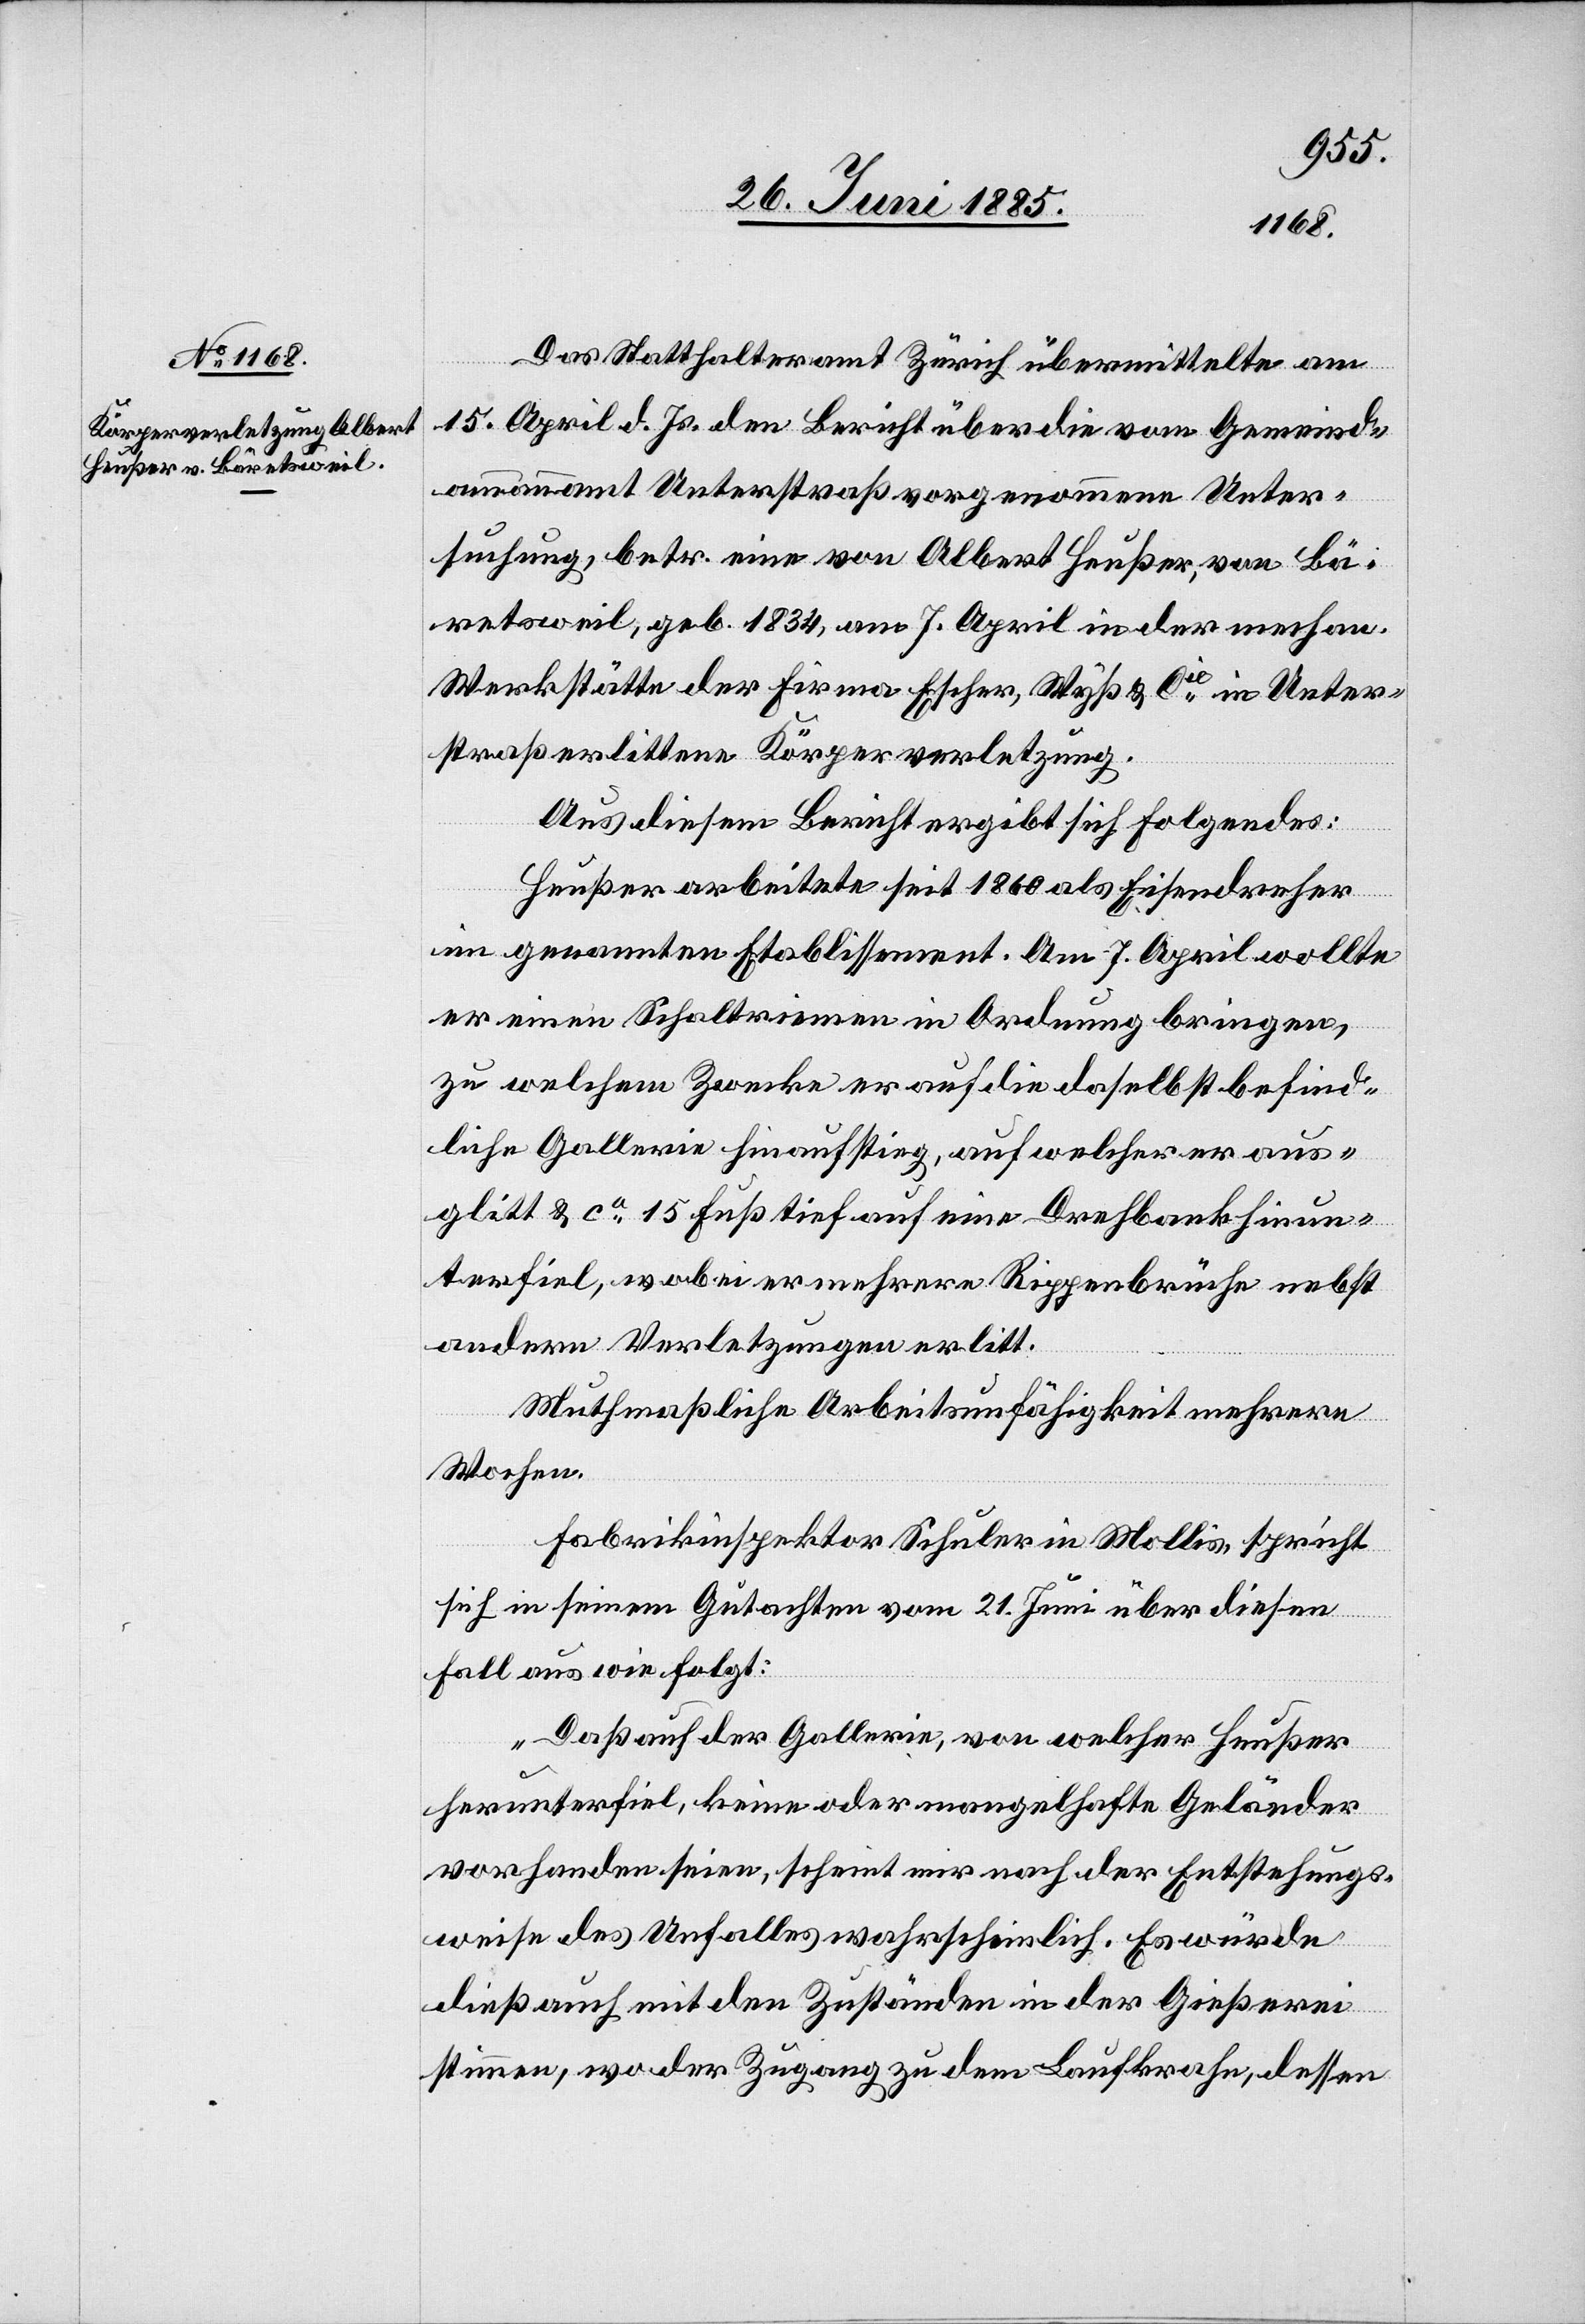
Das Statthalteramt Zürich übermittelte am
15. April d. Js. den Bericht über die vom Gemeind¬
ammannamt Unterstraß vorgenommene Unter¬
suchung, betr. eine von Albert Heußer, von Bä¬
retsweil, geb. 1834, am 7. April in der mechan.
Werkstätte der Firma Escher, Wyß & Cie in Unter¬
straß erlittene Körperverletzung.
Aus diesem Bericht ergibt sich folgendes:
Heußer arbeitete seit 1860 als Eisendreher
im genannten Etablissement. Am 7. April wollte
er einen Schaltriemen in Ordnung bringen,
zu welchem Zwecke er auf die daselbst befind¬
liche Gallerie hinaufstieg, auf welcher er aus¬
glitt & ca 15 Fuß tief auf eine Drehbank hinun¬
terfiel, wobei er mehrere Rippenbrüche nebst
andern Verletzungen erlitt.
Muthmaßliche Arbeitsunfähigkeit mehrere
Wochen.
Fabrikinspektor Schuler in Mollis, spricht
sich in seinem Gutachten vom 21. Juni über diesen
Fall aus wie folgt:
„Daß auf der Gallerie, von welcher Heußer
herunterfiel, keine oder mangelhafte Geländer
vorhanden seien, scheint mir nach der Entstehungs¬
weise des Unfalls wahrscheinlich. Es würde
dieß auch mit den Zuständen in der Gießerei
stimmen, wo der Zugang zu dem Laufkrahn, dessen